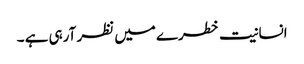
انسانیت خطرے میں نظر آرہی ہے ۔